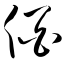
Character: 佰